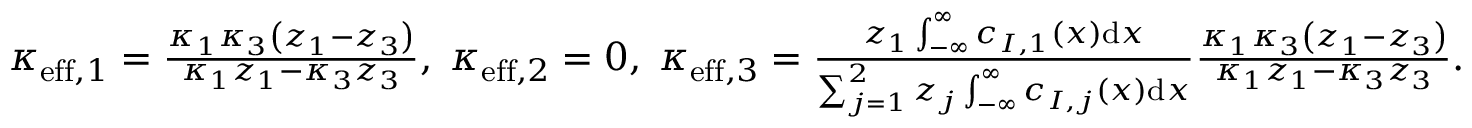
\begin{array} { r l } & { \kappa _ { \mathrm { e f f } , 1 } = \frac { \kappa _ { 1 } \kappa _ { 3 } \left( z _ { 1 } - z _ { 3 } \right) } { \kappa _ { 1 } z _ { 1 } - \kappa _ { 3 } z _ { 3 } } , \; \kappa _ { \mathrm { e f f } , 2 } = 0 , \; \kappa _ { \mathrm { e f f } , 3 } = \frac { z _ { 1 } \int _ { - \infty } ^ { \infty } c _ { I , 1 } ( x ) \mathrm { d } x } { \sum _ { j = 1 } ^ { 2 } z _ { j } \int _ { - \infty } ^ { \infty } c _ { I , j } ( x ) \mathrm { d } x } \frac { \kappa _ { 1 } \kappa _ { 3 } \left( z _ { 1 } - z _ { 3 } \right) } { \kappa _ { 1 } z _ { 1 } - \kappa _ { 3 } z _ { 3 } } . } \end{array}